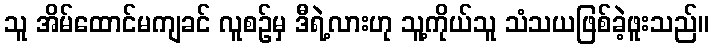
သူ အိမ်ထောင်မကျခင် လူစဉ်မှ ဒီရဲ့လားဟု သူ့ကိုယ်သူ သံသယဖြစ်ခဲ့ဖူးသည်။